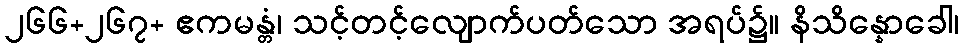
၂၆၆+၂၆၇+ ဧကမန္တံ၊ သင့်တင့်လျောက်ပတ်သော အရပ်၌။ နိသိန္နောခေါ၊